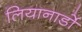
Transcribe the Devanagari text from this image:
लियानार्डो